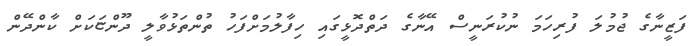
ފަޒީނާގެ ޖުމުލަ ފުރިހަމަ ނުކުރަނީސް އޭނާގެ ދަތްދޮޅީގައި ހިފާލުމަށްފަހު ތުންތަޅުވާލީ ދޫންޏަކަށް ކާންދޭން